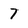
Character: 7